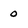
Character: 0